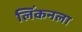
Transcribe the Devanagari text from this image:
लिंकनला